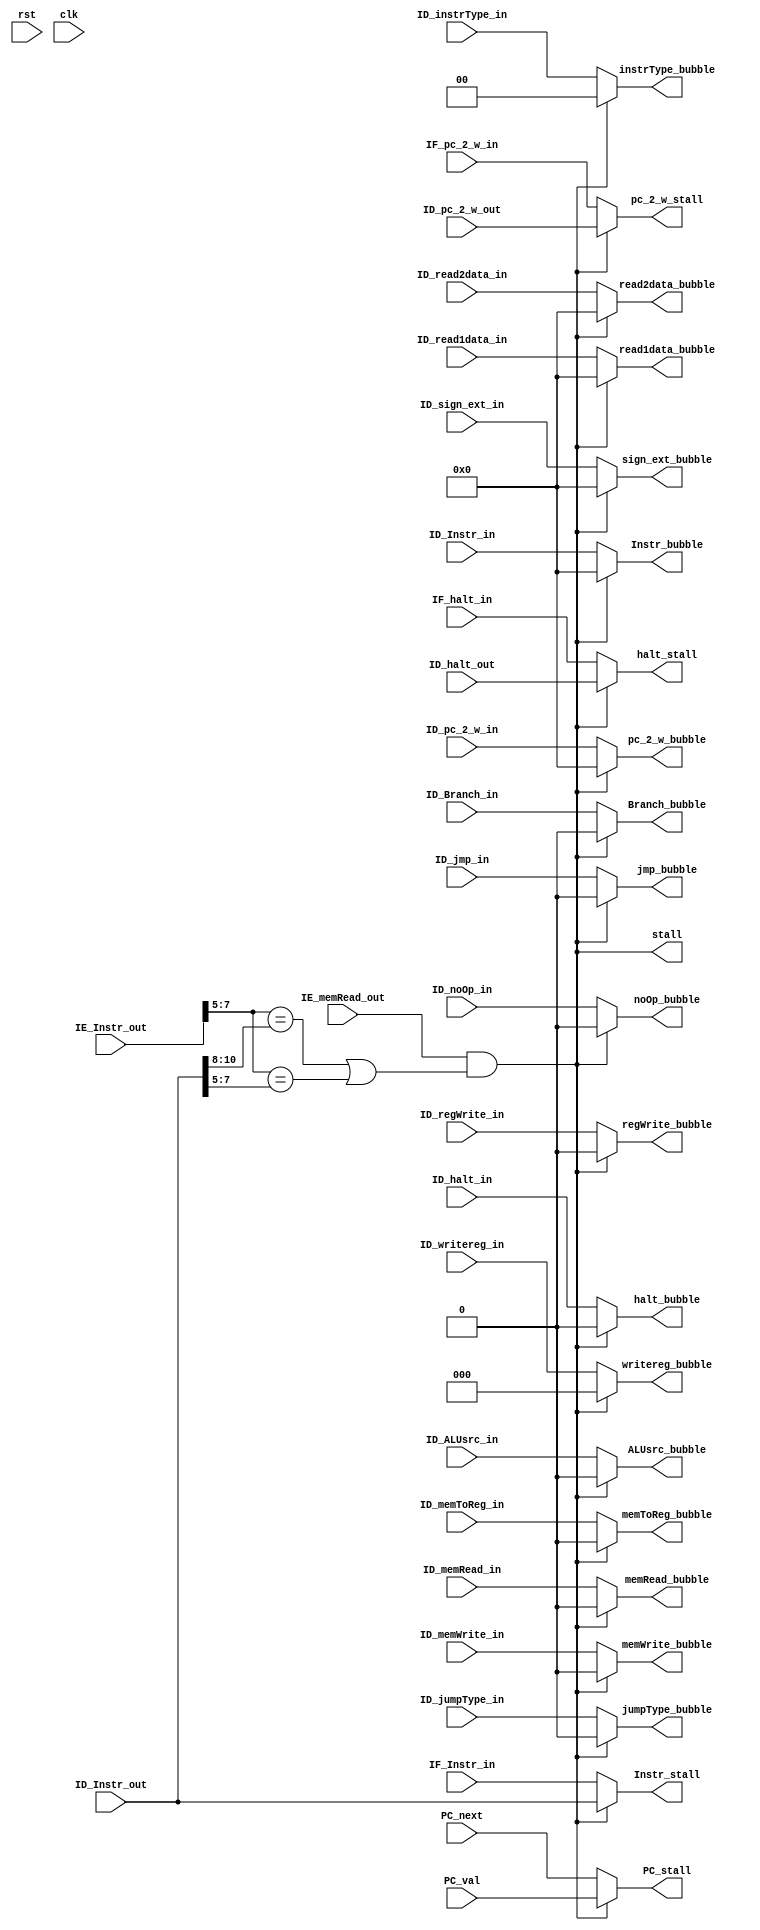
module stall(ID_Instr_out, IE_Instr_out, IE_memRead_out, 
		rst, clk, stall, 
		PC_stall, PC_val, PC_next, 
		IF_Instr_in, Instr_stall, 
		IF_pc_2_w_in, ID_pc_2_w_out, pc_2_w_stall,
		IF_halt_in, ID_halt_out, halt_stall, 
		ID_Branch_in, ID_ALUsrc_in, ID_memWrite_in, ID_memRead_in, ID_memToReg_in,
	        ID_noOp_in, ID_jmp_in, ID_jumpType_in, ID_regWrite_in, ID_halt_in,
                ID_instrType_in, ID_Instr_in,
		ID_writereg_in, ID_read2data_in, ID_read1data_in, ID_pc_2_w_in, ID_sign_ext_in,
		Branch_bubble, ALUsrc_bubble, memWrite_bubble, memRead_bubble, memToReg_bubble, 
	        noOp_bubble, jmp_bubble, jumpType_bubble, regWrite_bubble, halt_bubble,
		instrType_bubble, Instr_bubble, writereg_bubble, read2data_bubble, read1data_bubble, 
		sign_ext_bubble, pc_2_w_bubble);

	input rst, clk;

	// Input: Load word stall hazard
	input IE_memRead_out, IF_halt_in, ID_halt_out;

	// Input: Load word stall hazard
	input [15:0] IE_Instr_out, ID_Instr_out;

	// Input: Stall PC val for word stall hazard
	input [15:0] PC_val, PC_next;
	
	// Input: Stall Instr, pc_2_w, halt for word stall hazard
	input [15:0] IF_Instr_in, IF_pc_2_w_in, ID_pc_2_w_out;

	output stall, halt_stall;

	// Output: Stalled Instr, pc_2_w, halt for word stall hazard
	output [15:0] PC_stall, Instr_stall, pc_2_w_stall;

        // Input: Bubble
	input ID_Branch_in, ID_ALUsrc_in, ID_memWrite_in, ID_memRead_in, ID_memToReg_in,
	      ID_noOp_in, ID_jmp_in, ID_jumpType_in, ID_regWrite_in, ID_halt_in;

	input [1:0] ID_instrType_in;

	input [2:0] ID_writereg_in;

	input [15:0] ID_Instr_in, ID_read2data_in, ID_read1data_in, ID_sign_ext_in, ID_pc_2_w_in;

        // Output: Bubble
	output Branch_bubble, ALUsrc_bubble, memWrite_bubble, memRead_bubble, memToReg_bubble, 
	       noOp_bubble, jmp_bubble, jumpType_bubble, regWrite_bubble, halt_bubble;

	output [1:0] instrType_bubble;
	
	output [2:0] writereg_bubble;

	output [15:0] Instr_bubble, read2data_bubble, read1data_bubble, sign_ext_bubble, pc_2_w_bubble;

        assign stall = IE_memRead_out && ((IE_Instr_out[7:5] == ID_Instr_out[10:8]) || (IE_Instr_out[7:5] == ID_Instr_out[7:5]));

	assign PC_stall = stall ?  PC_val : PC_next;

	assign Instr_stall = stall ?  ID_Instr_out : IF_Instr_in;

	assign pc_2_w_stall = stall ? ID_pc_2_w_out : IF_pc_2_w_in;

	assign halt_stall = stall ? ID_halt_out : IF_halt_in;

        // Insert a "bubble": Set the control bits in the EX/MEM/WB control fields of the ID/EX pipline register to 0 (nop)

	assign Instr_bubble = stall ? 16'h0000 : ID_Instr_in;

	assign Branch_bubble = stall ? 1'b0 : ID_Branch_in; 

        assign instrType_bubble = stall ? 2'b00 : ID_instrType_in;

        assign ALUsrc_bubble = stall ? 1'b0 : ID_ALUsrc_in;  

        assign memWrite_bubble = stall ? 1'b0 : ID_memWrite_in; 

        assign memRead_bubble = stall ? 1'b0 : ID_memRead_in; 

        assign memToReg_bubble = stall ? 1'b0 : ID_memToReg_in; 

 	assign noOp_bubble = stall ? 1'b0 : ID_noOp_in; 

        assign jmp_bubble = stall ? 1'b0 : ID_jmp_in; 

        assign jumpType_bubble = stall ? 1'b0 : ID_jumpType_in; 

        assign regWrite_bubble = stall ? 1'b0 : ID_regWrite_in; 

        assign halt_bubble = stall ? 1'b0 : ID_halt_in; 

	assign writereg_bubble = stall ? 3'b000: ID_writereg_in;

        assign read2data_bubble = stall ? 16'h0000 : ID_read2data_in;
	
	assign read1data_bubble = stall ? 16'h0000 : ID_read1data_in;

        assign sign_ext_bubble = stall ? 16'h0000 : ID_sign_ext_in;

        assign pc_2_w_bubble = stall ? 16'h0000 : ID_pc_2_w_in;
	

endmodule